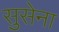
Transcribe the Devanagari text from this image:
सुसेना